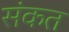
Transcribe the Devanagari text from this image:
संकत